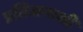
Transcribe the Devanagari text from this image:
प्रतिजनाशी